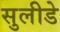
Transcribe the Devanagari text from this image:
सुलीडे